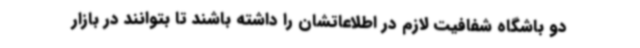
دو باشگاه شفافیت لازم در اطلاعاتشان را داشته باشند تا بتوانند در بازار